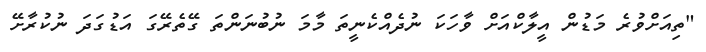
"ތިއަށްވުރެ މަޑުން އީލާކްއަށް ވާހަކަ ނުދެއްކެނީތަ މާމަ ނުބުނަންތަ ގޭތެރޭގަ އަޑުގަދަ ނުކުރާށޭ